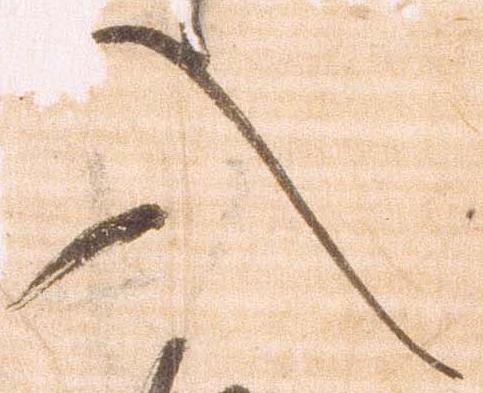
入